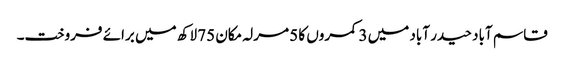
قاسم آباد حیدر آباد میں 3 کمروں کا 5 مرلہ مکان 75 لاکھ میں برائے فروخت۔